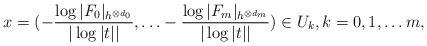
LaTeX: \begin{align*}x=( -\frac{\log |F_0|_{h^{\otimes d_0}} }{|\log |t||}, \ldots -\frac{\log |F_m|_{h^{\otimes d_m} }}{|\log |t||} )\in U_k, k=0, 1, \ldots m,\end{align*}